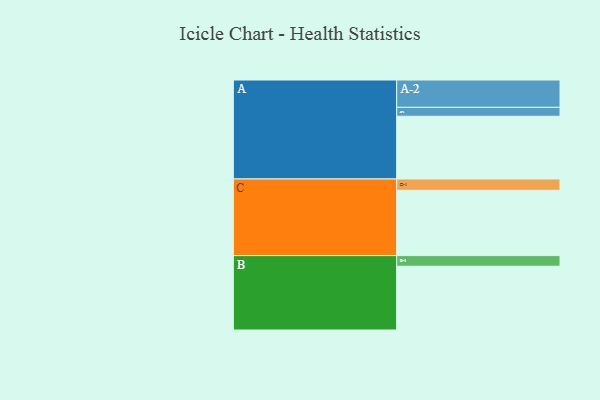
{"axis": {"x": "Segment", "y": "Value"}, "legend": ["", "A", "B", "C"], "data": [{"x": "A", "y": 365, "type": ""}, {"x": "B", "y": 371, "type": ""}, {"x": "C", "y": 380, "type": ""}, {"x": "A-1", "y": 52, "type": "A"}, {"x": "A-2", "y": 159, "type": "A"}, {"x": "B-1", "y": 62, "type": "B"}, {"x": "C-1", "y": 66, "type": "C"}]}